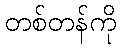
တစ်တန်ကို